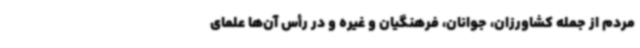
مردم از جمله کشاورزان، جوانان، فرهنگیان و غیره و در رأس آن‌ها علمای